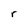
Character: r